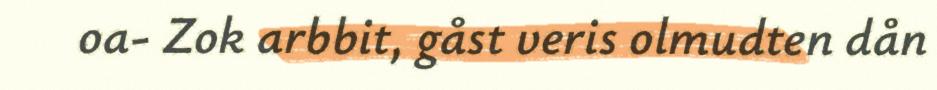
oa- Zok arbbit, gåst veris olmudten dån